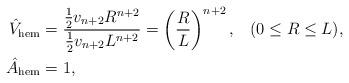
LaTeX: \begin{align*}\hat{V}_{\rm hem}&=\frac{ \frac12 v_{n+2} R^{n+2} }{ \frac12 v_{n+2}L^{n+2} }=\left( \frac{R}{L} \right)^{n+2},\;\;\;(0 \leq R \leq L),\\\hat{A}_{\rm hem} &= 1,\end{align*}